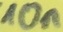
Text: 10n